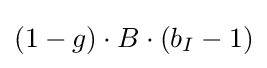
(1-g)\cdot B\cdot (b_{I}-1)